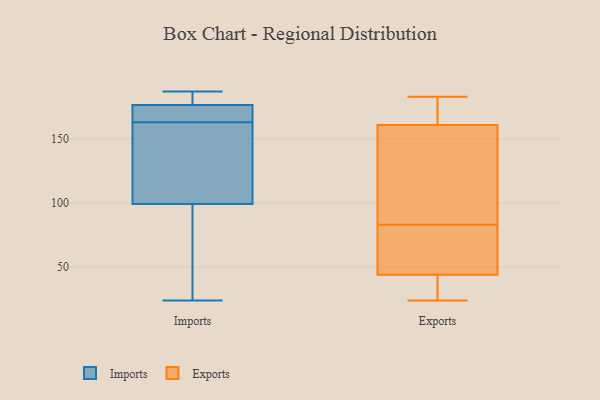
{"axis": {"x": "Tickets Resolved", "y": "Value"}, "legend": ["Exports", "Imports"], "data": [{"x": "", "y": 186, "type": "Imports"}, {"x": "", "y": 163, "type": "Imports"}, {"x": "", "y": 177, "type": "Imports"}, {"x": "", "y": 24, "type": "Imports"}, {"x": "", "y": 96, "type": "Imports"}, {"x": "", "y": 68, "type": "Imports"}, {"x": "", "y": 109, "type": "Imports"}, {"x": "", "y": 174, "type": "Imports"}, {"x": "", "y": 187, "type": "Imports"}, {"x": "", "y": 175, "type": "Imports"}, {"x": "", "y": 150, "type": "Imports"}, {"x": "", "y": 46, "type": "Exports"}, {"x": "", "y": 57, "type": "Exports"}, {"x": "", "y": 135, "type": "Exports"}, {"x": "", "y": 42, "type": "Exports"}, {"x": "", "y": 25, "type": "Exports"}, {"x": "", "y": 183, "type": "Exports"}, {"x": "", "y": 52, "type": "Exports"}, {"x": "", "y": 156, "type": "Exports"}, {"x": "", "y": 24, "type": "Exports"}, {"x": "", "y": 109, "type": "Exports"}, {"x": "", "y": 166, "type": "Exports"}, {"x": "", "y": 168, "type": "Exports"}]}